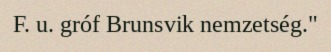
F. u. gróf Brunsvik nemzetség."